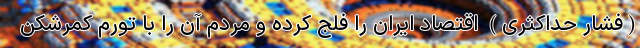
(فشار حداکثری) اقتصاد ایران را فلج کرده و مردم آن را با تورم کمرشکن